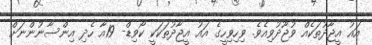
އައު އީޖާދުތަކެއް ވުޖޫދުވިއެވެ. ވިހިވިހީގެ އައު އީޖާދުތަކަކީ ކޯވިޑް- 19އާ ހެދި އިންސާނުންނަށް